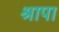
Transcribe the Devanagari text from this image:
श्रापा